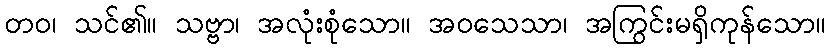
တဝ၊ သင်၏။ သဗ္ဗာ၊ အလုံးစုံသော။ အဝသေသာ၊ အကြွင်းမရှိကုန်သော။